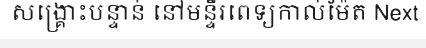
សង្គ្រោះបន្ទាន់ នៅមន្ទីរពេទ្យកាល់ម៉ែត Next